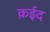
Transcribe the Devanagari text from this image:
क़ईद